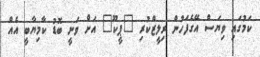
ކަމުގައި ވިޔަސް އޭގެފަހުން ރިލީޒްކުރި "ޕީކޫ" އަށް ވަނީ ބޮޑު ކާމިޔާބީ އެއް